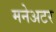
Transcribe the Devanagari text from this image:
मनेअटर